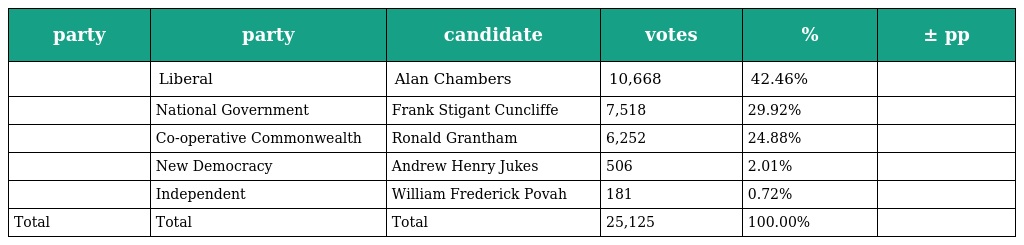
| party | party | candidate | votes | % | ± pp |
 | --- | --- | --- | --- | --- | --- |
 |  | Liberal | Alan Chambers | 10,668 | 42.46% |  |
 |  | National Government | Frank Stigant Cuncliffe | 7,518 | 29.92% |  |
 |  | Co-operative Commonwealth | Ronald Grantham | 6,252 | 24.88% |  |
 |  | New Democracy | Andrew Henry Jukes | 506 | 2.01% |  |
 |  | Independent | William Frederick Povah | 181 | 0.72% |  |
 | Total | Total | Total | 25,125 | 100.00% |  |